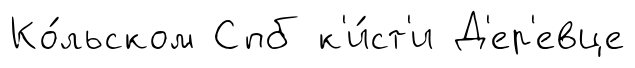
Ко́льском Спб к'и́ст'и Д'ер'евце